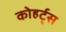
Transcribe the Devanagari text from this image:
कोहर्ट्स